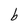
Character: b